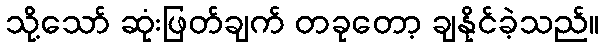
သို့သော် ဆုံးဖြတ်ချက် တခုတော့ ချနိုင်ခဲ့သည်။